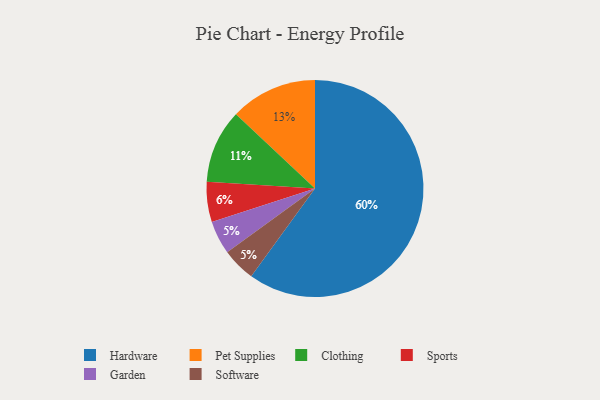
{"axis": {"x": "Category", "y": "Percentage"}, "legend": ["Clothing", "Garden", "Hardware", "Pet Supplies", "Software", "Sports"], "data": [{"x": "Pet Supplies", "y": 13, "type": "Pet Supplies"}, {"x": "Sports", "y": 6, "type": "Sports"}, {"x": "Garden", "y": 5, "type": "Garden"}, {"x": "Software", "y": 5, "type": "Software"}, {"x": "Clothing", "y": 11, "type": "Clothing"}, {"x": "Hardware", "y": 60, "type": "Hardware"}]}